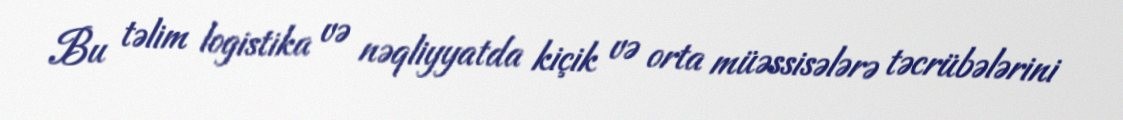
Bu təlim logistika və nəqliyyatda kiçik və orta müəssisələrə təcrübələrini